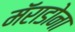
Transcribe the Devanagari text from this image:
मॅराडोना